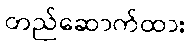
တည်ဆောက်ထား